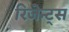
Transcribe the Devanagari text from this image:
रिजेन्ट्स